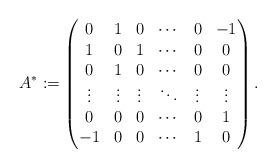
LaTeX: \begin{align*}A^*:=\begin{pmatrix}0 & 1& 0&\cdots & 0 & -1 \\1 & 0 & 1&\cdots & 0 & 0 \\0& 1 & 0 &\cdots & 0 & 0 \\\vdots& \vdots & \vdots & \ddots& \vdots&\vdots \\0& 0 &0&\cdots& 0 & 1 \\-1& 0 & 0&\cdots& 1& 0 \\\end{pmatrix}.\end{align*}